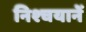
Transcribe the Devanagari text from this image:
निश्चयानें